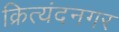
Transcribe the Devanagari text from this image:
क्रित्यंदनगर